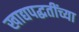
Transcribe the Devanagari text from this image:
खाद्यपद्धतींच्या